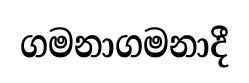
ගමනාගමනාදී